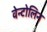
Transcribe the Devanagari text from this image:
वेन्टोलिन